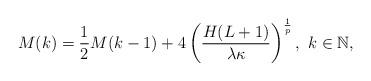
LaTeX: \begin{align*}M(k)=\frac{1}{2}M(k-1)+4\left(\frac{H(L+1)}{\lambda\kappa}\right)^\frac{1}{p},\ k\in\mathbb{N},\end{align*}